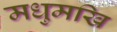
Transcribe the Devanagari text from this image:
मधुमखि